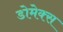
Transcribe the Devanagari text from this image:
डोमेक्स